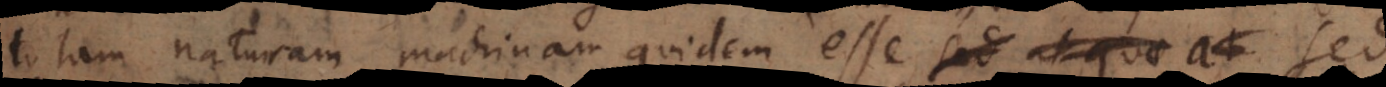
totam naturam machinam quidem esse, sed at quae at se